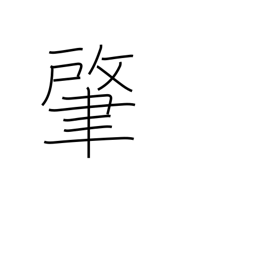
Meaning: beginning